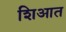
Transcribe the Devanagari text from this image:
शिआत